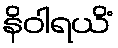
နိဝါရယိံ